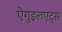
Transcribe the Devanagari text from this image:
ऐगुइलएट्स